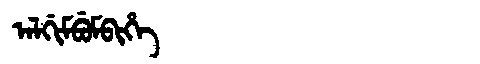
Manchu: ᠠᠯᡤᡳᠮᠪᡠᠮᠪᡳᡥᡝ
Romanization: ALGIMBUMBIHE